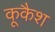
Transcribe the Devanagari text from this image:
कूकैश